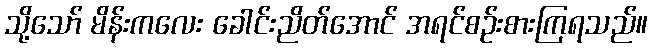
သို့သော် မိန်းကလေး ခေါင်းညိတ်အောင် အရင်စဉ်းစားကြရသည်။